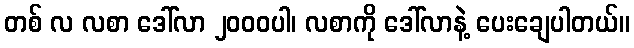
တစ် လ လစာ ဒေါ်လာ ၂၀၀၀ပါ၊ လစာကို ဒေါ်လာနဲ့ ပေးချေပါတယ်။